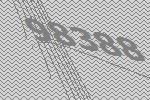
98388